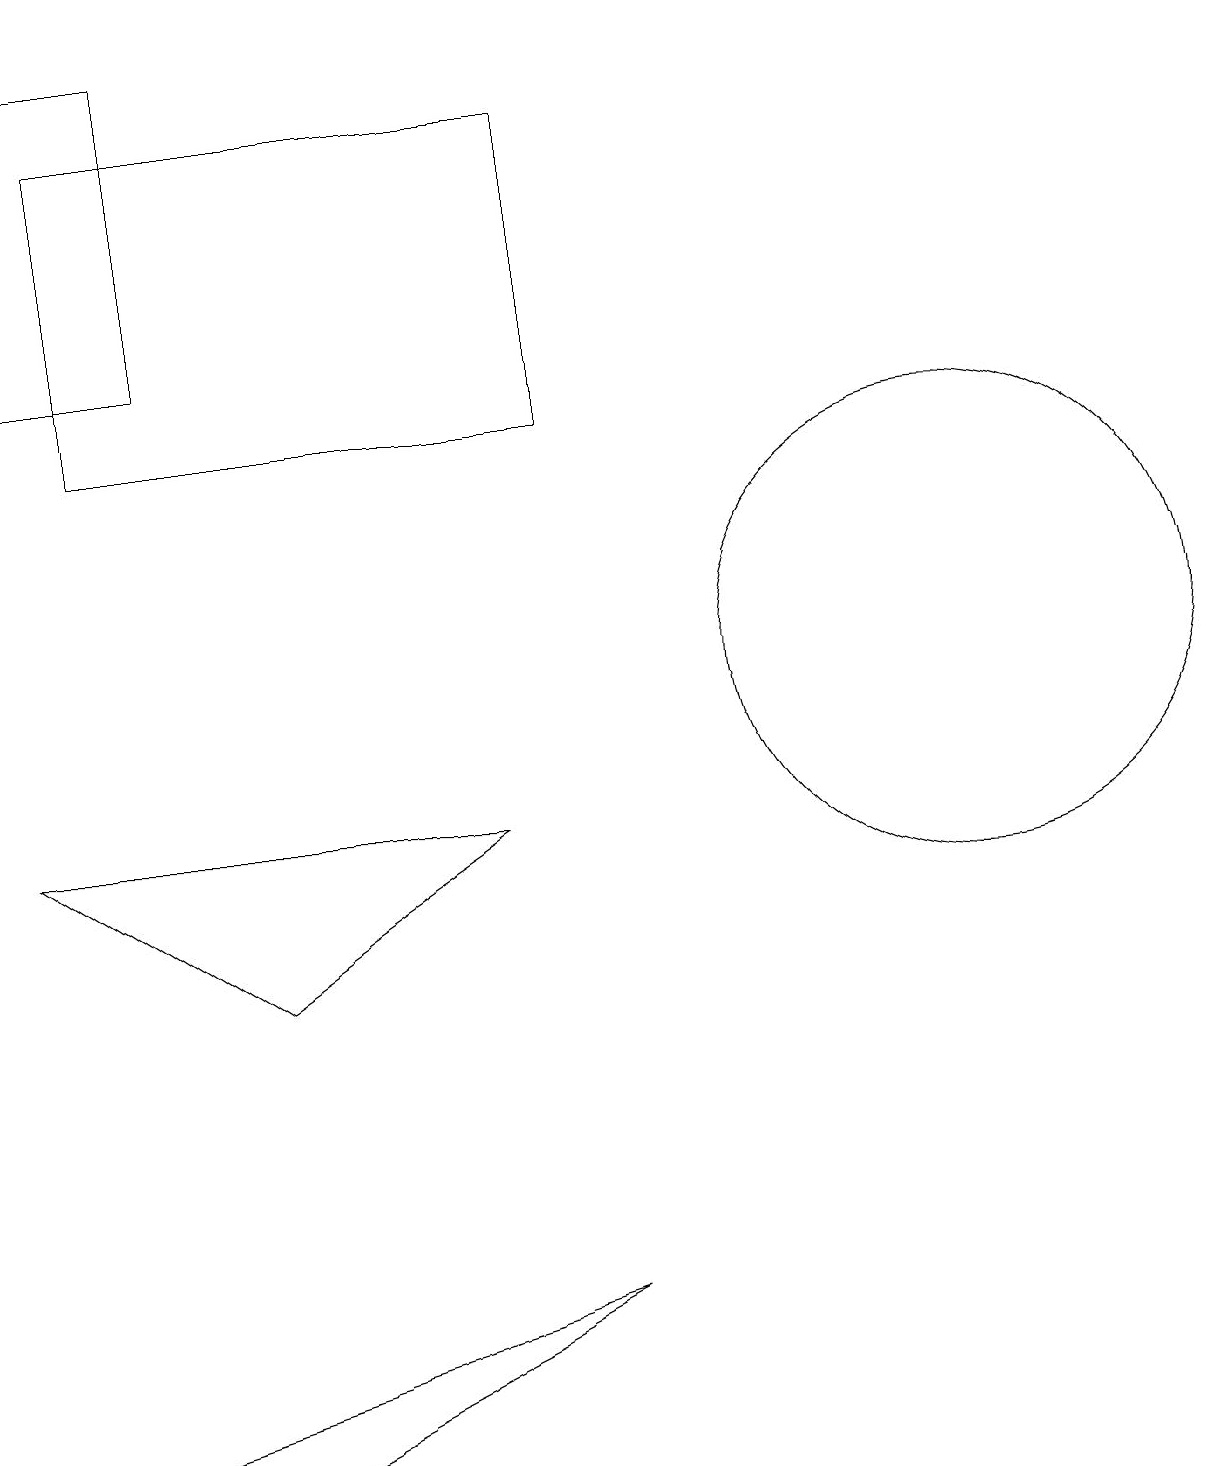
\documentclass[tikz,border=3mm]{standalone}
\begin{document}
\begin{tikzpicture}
\draw (3,0) -- (7,2) -- (0,0) -- cycle;
\draw (12,10) circle (3);
\draw (1,13) rectangle (7,17);
\draw (2,14) rectangle (0,18);
\draw (0,8) -- (3,6) -- (6,8) -- cycle;
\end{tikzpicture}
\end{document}